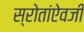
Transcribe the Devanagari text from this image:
स्रोतांऐवजी